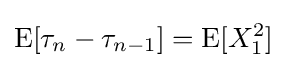
\operatorname {E} [\tau _{n}-\tau _{n-1}]=\operatorname {E} [X_{1}^{2}]